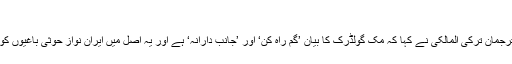
‘
سعودی عسکری اتحاد کے ترجمان ترکی المالکی نے کہا کہ مک گولڈرِک کا بیان ’گم راہ کن‘ اور ’جانب دارانہ‘ ہے اور یہ اصل میں ایران نواز حوثی باغیوں کو فائدہ پہنچانے کا حصہ ہے۔